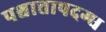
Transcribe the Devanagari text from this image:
पश्चात्तापदग्ध